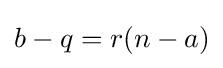
b-q=r(n-a)